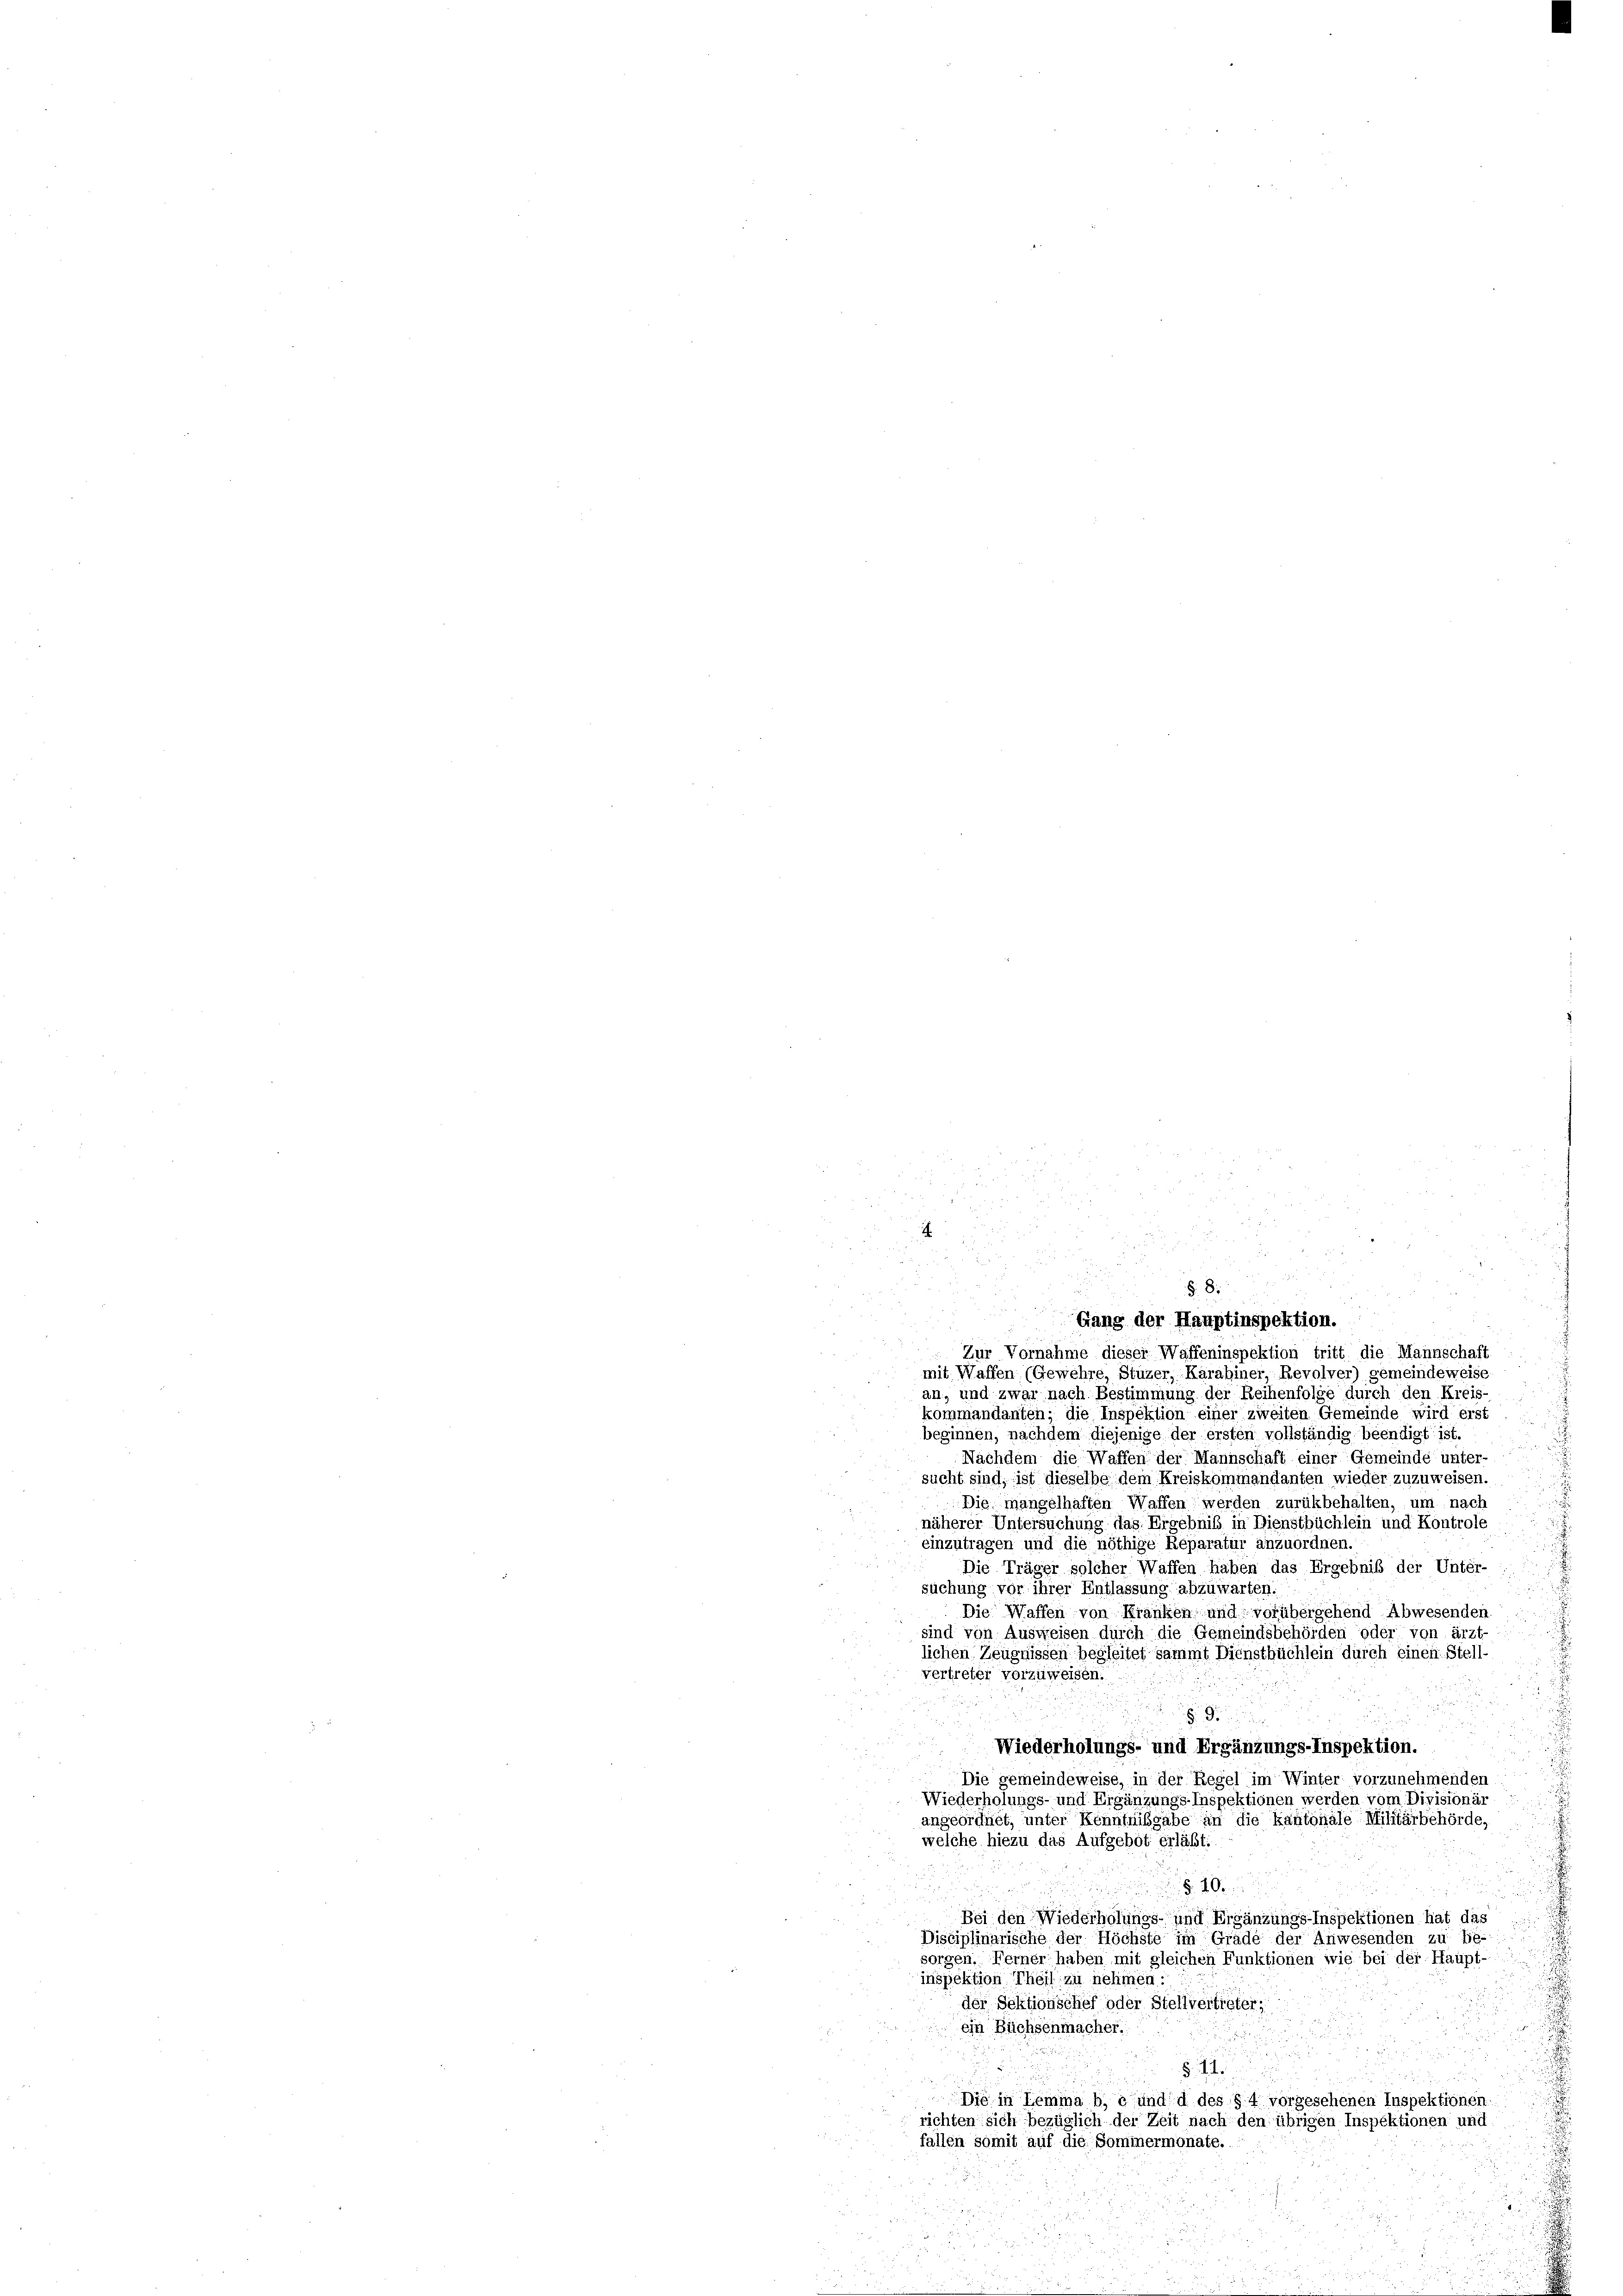
1

.
2
2
Zur Vornahme dieser Waffeninspektion tritt die Mannschaft
mit Waffen (Gewehre, Stuzer, Karabiner, Revolver) gemeindeweise
an, und zwar nach Bestimmung der Reihenfolge durch den Kreis-
kommandanten; die Inspektion einer zweiten Gemeinde wird erst
beginnen, nachdem diejenige der ersten vollständig beendigt ist.
Nachdem die Waffen der Mannschaft einer Gemeinde unter-
sucht sind, ist dieselbe dem Kreiskommandanten wieder zuzuweisen.
e
Die mangelhaften Waffen werden zurükbehalten, um nach
näherer Untersuchung das Ergebniß in Dienstbüchlein und Kontrole
einzutragen und die nöthige Reparatur anzuordnen.
Die Träger solcher Waffen haben das Ergebnis der Unter-
suchung vor ihrer Entlassung abzuwarten.
Die Waffen von Kranken und vorübersehend Abwesenden
sind von Ausweisen durch die Gemeindsbehörden oder von ärzt-
lichen Zeugnissen begleitet sammt Dienstbüchlein durch einen Stell-
vertreter vorzuweisen.
§. 9.
Wiederholungs- und Ergänzungs-Inspektion.
Die gemeindeweise, in der Regel im Winter vorzunehmenden
Wiederholungs- und Ergänzungs-Inspektionen werden vom Divisionär
angeordnet, unter Kenntnißgabe an die kantonale Militärbehörde,
welche hiezu das Aufgebot erläßt:
 200
Bei den Wiederholungs- und Ergänzungs-Inspektionen hat das
Disciplinarische der Höchste im Grade der Anwesenden zu be-
sorgen. Ferner haben mit gleichen Funktionen wie bei der Haupt-
inspektion Theil zu nehmen:
der Sektionschef oder Stellvertigter,
ein Büchsenmacher.

Die in Temma b, c und d des § 4 vorgesehenen Inspektionen,
richten sich bezüglich der Zeit nach den übrigen Inspektionen und
fallen somit auf die Sominermonate.

d

§. 8.
Gang der Hauptinspektion.